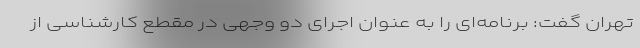
تهران گفت: برنامه‌ای را به عنوان اجرای دو وجهی در مقطع کارشناسی از